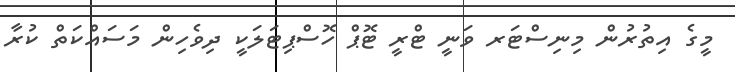
މީގެ އިތުރުން މިނިސްޓަރ ވަނީ ޓްރީ ޓޮޕް ހޮސްޕިޓަލަކީ ދިވެހިން މަސައްކަތް ކުރާ